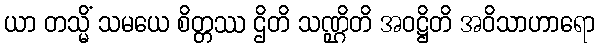
ယာ တသ္မိံ သမယေ စိတ္တဿ ဌိတိ သဏ္ဌိတိ အဝဋ္ဌိတိ အဝိသာဟာရော